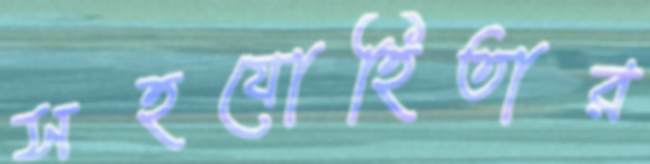
সহযোহিতার